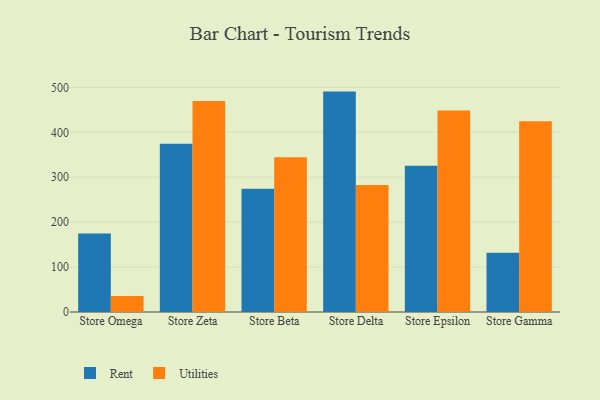
{"axis": {"x": "Store", "y": "Tickets Resolved"}, "legend": ["Rent", "Utilities"], "data": [{"x": "Store Omega", "y": 174.7, "type": "Rent"}, {"x": "Store Omega", "y": 35.5, "type": "Utilities"}, {"x": "Store Zeta", "y": 374.7, "type": "Rent"}, {"x": "Store Zeta", "y": 469.5, "type": "Utilities"}, {"x": "Store Beta", "y": 274.5, "type": "Rent"}, {"x": "Store Beta", "y": 344.5, "type": "Utilities"}, {"x": "Store Delta", "y": 490.7, "type": "Rent"}, {"x": "Store Delta", "y": 282.9, "type": "Utilities"}, {"x": "Store Epsilon", "y": 325.8, "type": "Rent"}, {"x": "Store Epsilon", "y": 448.5, "type": "Utilities"}, {"x": "Store Gamma", "y": 132.1, "type": "Rent"}, {"x": "Store Gamma", "y": 424.6, "type": "Utilities"}]}